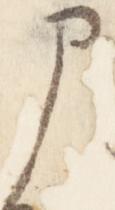
申